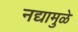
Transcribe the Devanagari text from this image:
नद्यामुळे